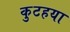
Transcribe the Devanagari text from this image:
कुटहया